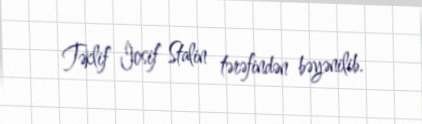
Təklif İosif Stalin tərəfindən bəyənilib.